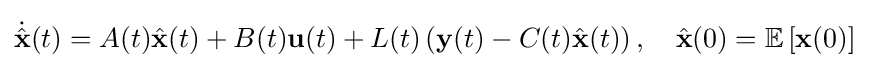
{\dot {\hat {\mathbf {x} }}}(t)=A(t){\hat {\mathbf {x} }}(t)+B(t){\mathbf {u} }(t)+L(t)\left({\mathbf {y} }(t)-C(t){\hat {\mathbf {x} }}(t)\right),\quad {\hat {\mathbf {x} }}(0)=\mathbb {E} \left[{\mathbf {x} }(0)\right]